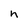
Character: n